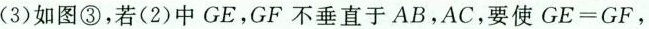
(3)如图③，若(2)中GE，GF不垂直于AB，AC，要使GE=GF，